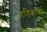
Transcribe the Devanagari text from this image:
गतिकाव्य